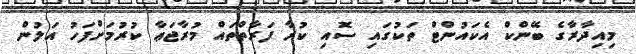
މިއިދާރާގެ ބޭންކް އެކައުންޓް ތަކުގައި ސޮއި ކުރާ ފަރާތްތައް މުރާޖަޢާ ކުރުމަށްފަހު އަލުން